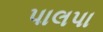
પાલપા